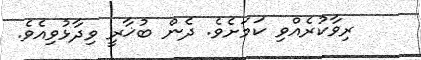
ރިވާކުރެއްވި ކަމަށެވެ. ދެން ބުޚާރީ ވިދާޅުވިއެވެ.